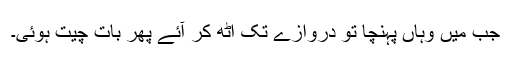
جب میں وہاں پہنچا تو دروازے تک اٹھ کر آئے پھر بات چیت ہوئی۔